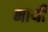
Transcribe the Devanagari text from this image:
भाथी